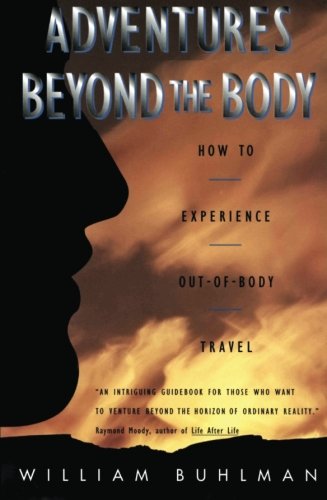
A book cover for Adventures Beyond the Body: How to Experience Out-of-Body Travel; William Buhlman; Religion & Spirituality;